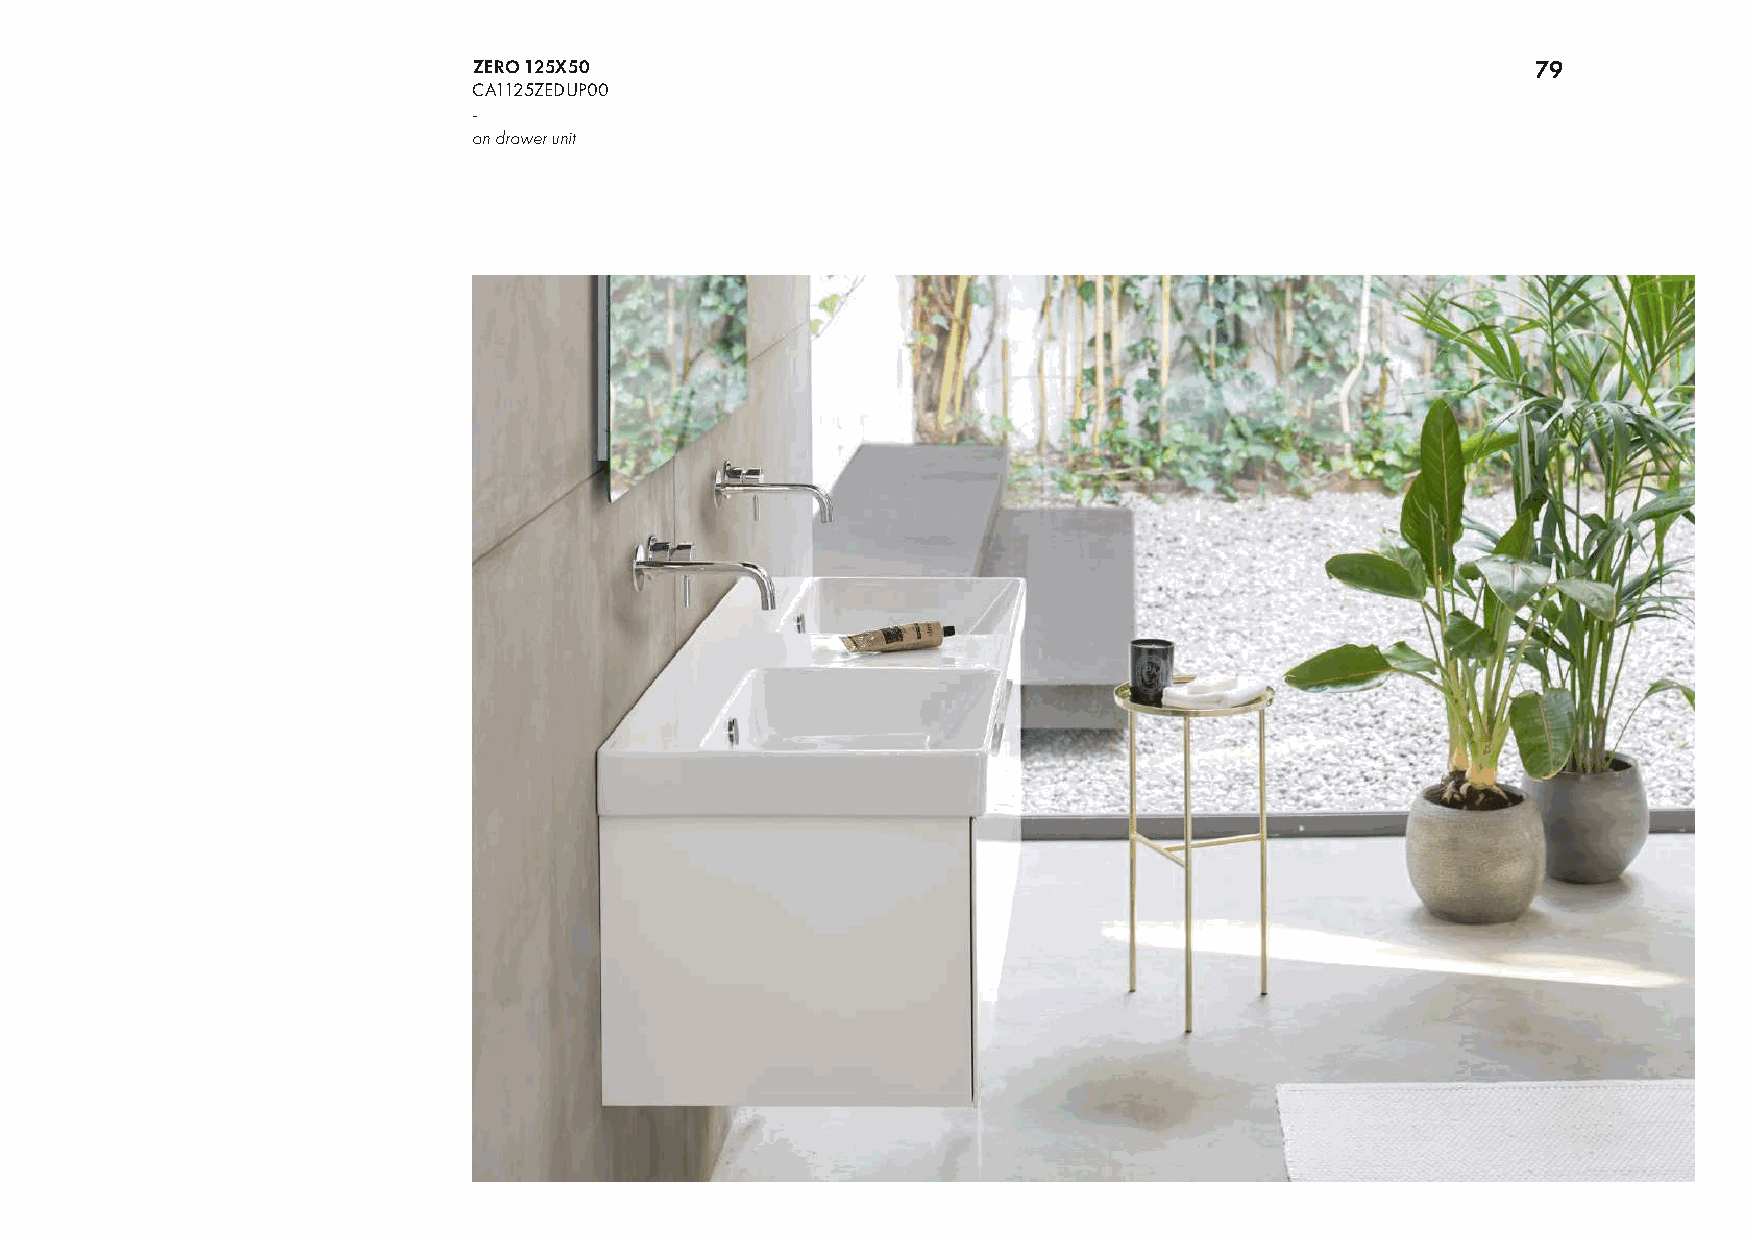
ZERO 125X50                                                            79
 CA1125ZEDUP00
 -
 on drawer unit